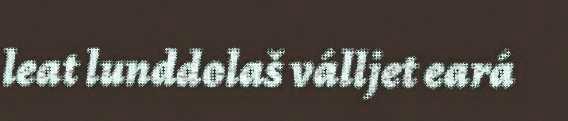
leat lunddolaš válljet eará